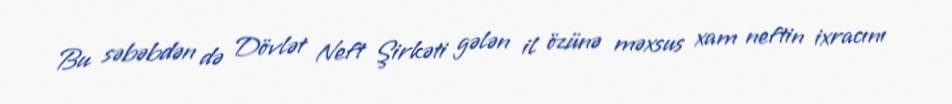
Bu səbəbdən də Dövlət Neft Şirkəti gələn il özünə məxsus xam neftin ixracını